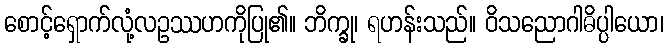
စောင့်ရှောက်လုံ့လဥဿဟကိုပြု၏။ ဘိက္ခု၊ ရဟန်းသည်။ ဝိသညောဂါဓိပ္ပါယော၊